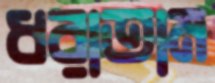
ধরাতাম